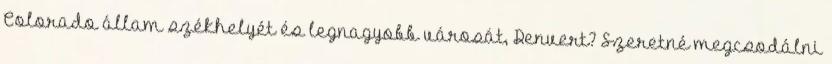
Colorado állam székhelyét és legnagyobb városát, Denvert? Szeretné megcsodálni